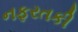
નફરતકી